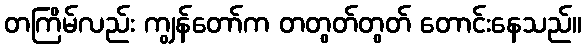
တကြိမ်လည်း ကျွန်တော်က တတွတ်တွတ် တောင်းနေသည်။